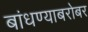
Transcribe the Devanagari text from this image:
बांधण्याबरोबर